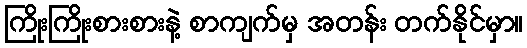
ကြိုးကြိုးစားစားနဲ့ စာကျက်မှ အတန်း တက်နိုင်မှာ။